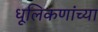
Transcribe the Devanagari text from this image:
धूलिकणांच्या